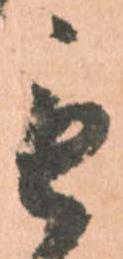
毛